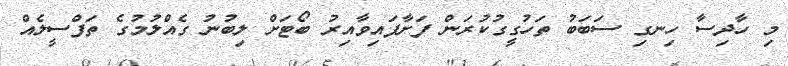
މި ހާދިސާ ހިނގި ސަބަބު ތަހުގީގުކުރަން ފަށާފައިވާއިރު ބޯޓަށް ލިބުނު ގެއްލުމުގެ ތަފްސީލެއް